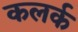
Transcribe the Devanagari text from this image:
कलर्क